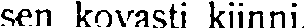
sen kovasti kiinni.